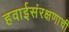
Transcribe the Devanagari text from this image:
हवाईसंरक्षणाची